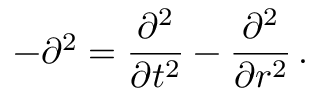
- \partial ^ { 2 } = \frac { \partial ^ { 2 } } { \partial t ^ { 2 } } - \frac { \partial ^ { 2 } } { \partial r ^ { 2 } } \, .